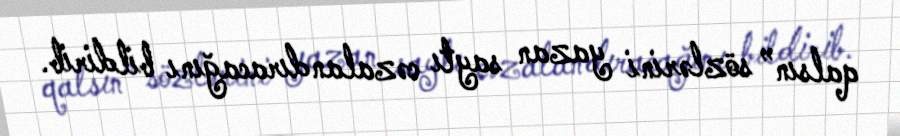
qalsın” sözlərini yazan saytı cəzalandıracağını bildirib.